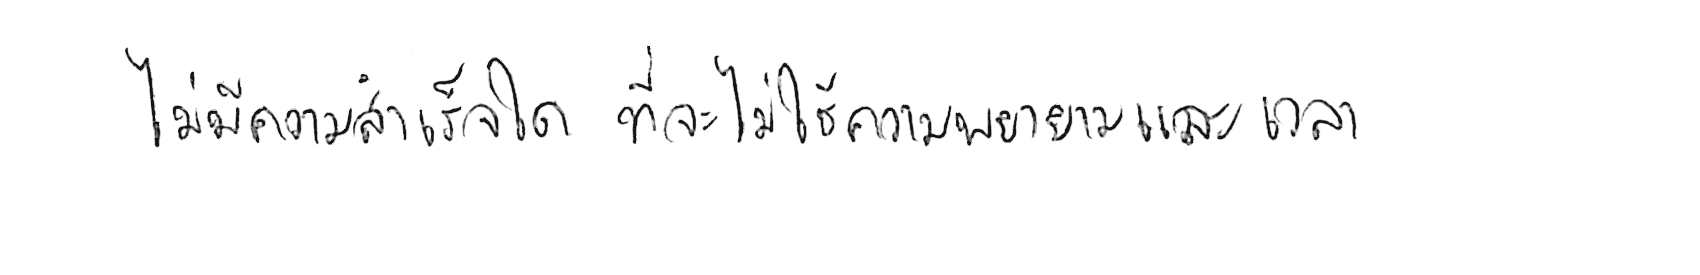
ไม่มีความสำเร็จใด ที่จะไม่ใช้ความพยายามและเวลา